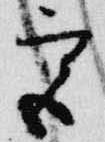
宮